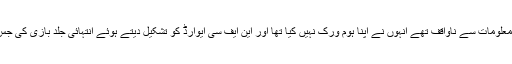
وہ لوگ جو وفاقی حکومت کی نمائندگی کررہے تھے تکنیکی معلومات سے ناواقف تھے انہوں نے اپنا ہوم ورک نہیں کیا تھا اور این ایف سی ایوارڈ کو تشکیل دیتے ہوئے انتہائی جلد بازی کی جس کی وجہ سے آج معیشیت کو سنگین نتائج بھگتنا پڑ رہے ہیں۔